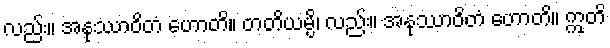
လည်း။ အနုဿာဝိတံ ဟောတိ။ တတိယမ္ပိ၊ လည်း။ အနုဿာဝိတံ ဟောတိ။ ဣတိ